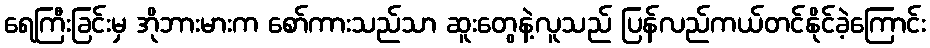
ရေကြီးခြင်းမှ အိုဘားမားက စော်ကားသည်သာ ဆူးတွေနဲ့လူသည် ပြန်လည်ကယ်တင်နိုင်ခဲ့ကြောင်း